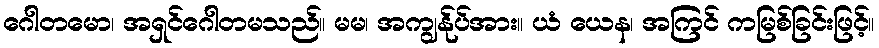
ဂေါတမော၊ အရှင်ဂေါတမသည်။ မမ၊ အကျွန်ုပ်အား။ ယံ ယေန၊ အကြင် ကမြစ်ခြင်းဖြင့်။